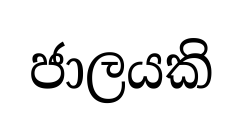
ජාලයකි